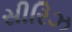
સીરિઝ